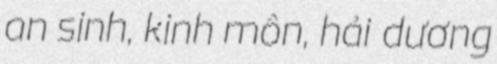
an sinh, kinh môn, hải dương